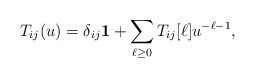
LaTeX: \begin{align*}T_{ij}(u)=\delta_{ij}\mathbf{1}+\sum_{\ell\geq0} T_{ij}[\ell]u^{-\ell-1} ,\end{align*}